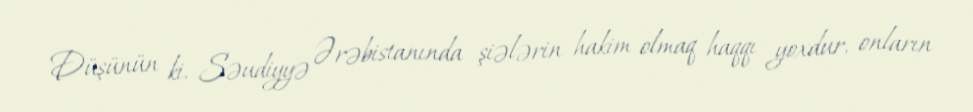
Düşünün ki, Səudiyyə Ərəbistanında şiələrin hakim olmaq haqqı yoxdur, onların